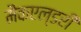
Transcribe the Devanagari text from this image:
मैकएल्डरी